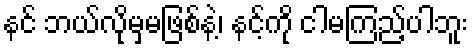
နင် ဘယ်လိုမှမဖြစ်နဲ့၊ နင့်ကို ငါမကြည့်ပါဘူး